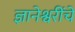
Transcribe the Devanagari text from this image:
ज्ञानेश्वरींचे